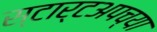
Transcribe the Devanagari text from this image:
स्टार्टअपच्या